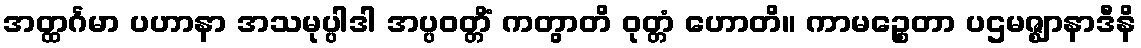
အတ္ထင်္ဂမာ ပဟာနာ အသမုပ္ပါဒါ အပ္ပဝတ္တိံ ကတွာတိ ဝုတ္တံ ဟောတိ။ ကာမဉ္စေတာ ပဌမဇ္ဈာနာဒီနိ